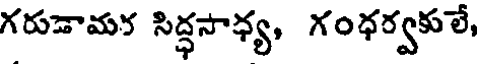
గరుడామర సిద్ధసాధ్య, గంధర్వకులే,